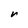
Character: r